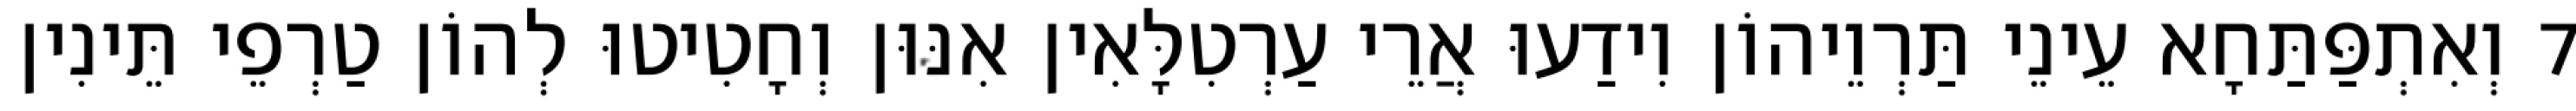
7 וְאִתְפַּתַּחָא עֵינֵי תַּרְוֵיהוֹן וִידַעוּ אֲרֵי עַרְטִלָּאִין אִנּוּן וְחָטִיטוּ לְהוֹן טַרְפֵי תֵּינִין